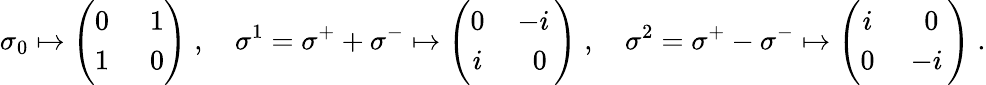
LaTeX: \sigma_{0}\mapsto\Bigg(\begin{array}{cc}{{0\, }}&{{\; 1}}\\ {{1\, }}&{{\; 0}}\end{array}\Bigg)\; ,\quad\sigma^{1}=\sigma^{+}+\sigma^{-}\mapsto\Bigg(\begin{array}{cc}{{0\, }}&{{-i\, }}\\ {{i\, }}&{{\; 0}}\end{array}\Bigg)\; ,\quad\sigma^{2}=\sigma^{+}-\sigma^{-}\mapsto\Bigg(\begin{array}{cc}{{i\; }}&{{\, 0}}\\ {{0\; }}&{{-i\, }}\end{array}\Bigg)\; .